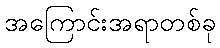
အကြောင်းအရာတစ်ခု